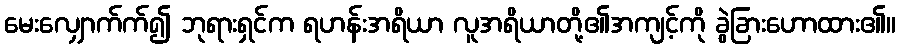
မေးလျှောက်က်၍ ဘုရားရှင်က ရဟန်းအရိယာ လူအရိယာတို့၏အကျင့်ကို ခွဲခြားဟောထား၏။